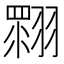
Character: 𦑲